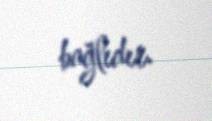
bağlıdır.